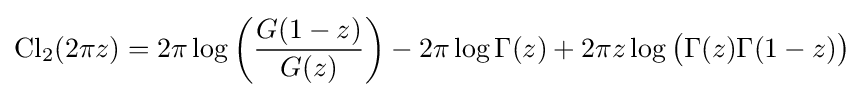
\operatorname {Cl} _{2}(2\pi z)=2\pi \log \left({\frac {G(1-z)}{G(z)}}\right)-2\pi \log \Gamma (z)+2\pi z\log {\big (}\Gamma (z)\Gamma (1-z){\big )}